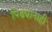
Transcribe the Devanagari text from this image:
पिढ्यांनाही